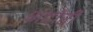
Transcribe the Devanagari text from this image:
भदौरी